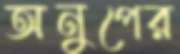
অনুপের